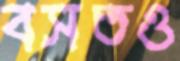
বসতও